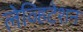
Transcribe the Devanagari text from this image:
लेव्हिटेशन